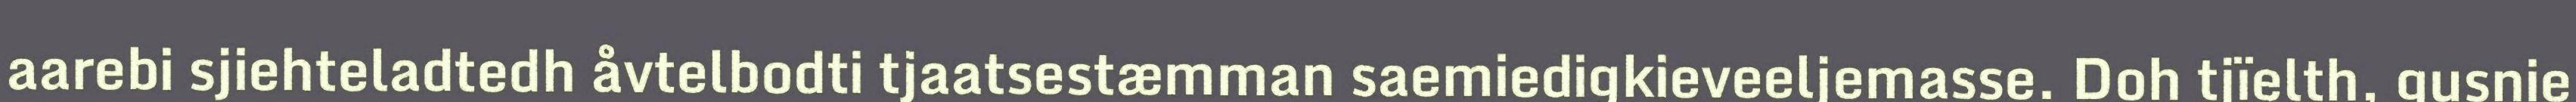
aarebi sjiehteladtedh åvtelbodti tjaatsestæmman saemiedigkieveeljemasse. Doh tjïelth, gusnie